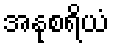
အနုစရိယံ